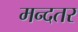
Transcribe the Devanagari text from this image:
मन्दतर